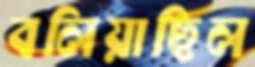
বলিয়াছিল